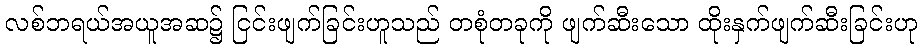
လစ်ဘရယ်အယူအဆ၌ ငြင်းဖျက်ခြင်းဟူသည် တစုံတခုကို ဖျက်ဆီးသော ထိုးနှက်ဖျက်ဆီးခြင်းဟု